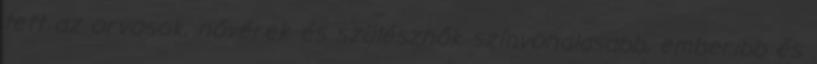
tett az orvosok, nővérek és szülésznők színvonalasabb, emberibb és